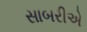
સાબરીએ